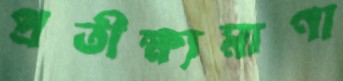
প্রতীক্ষ্যমাণা